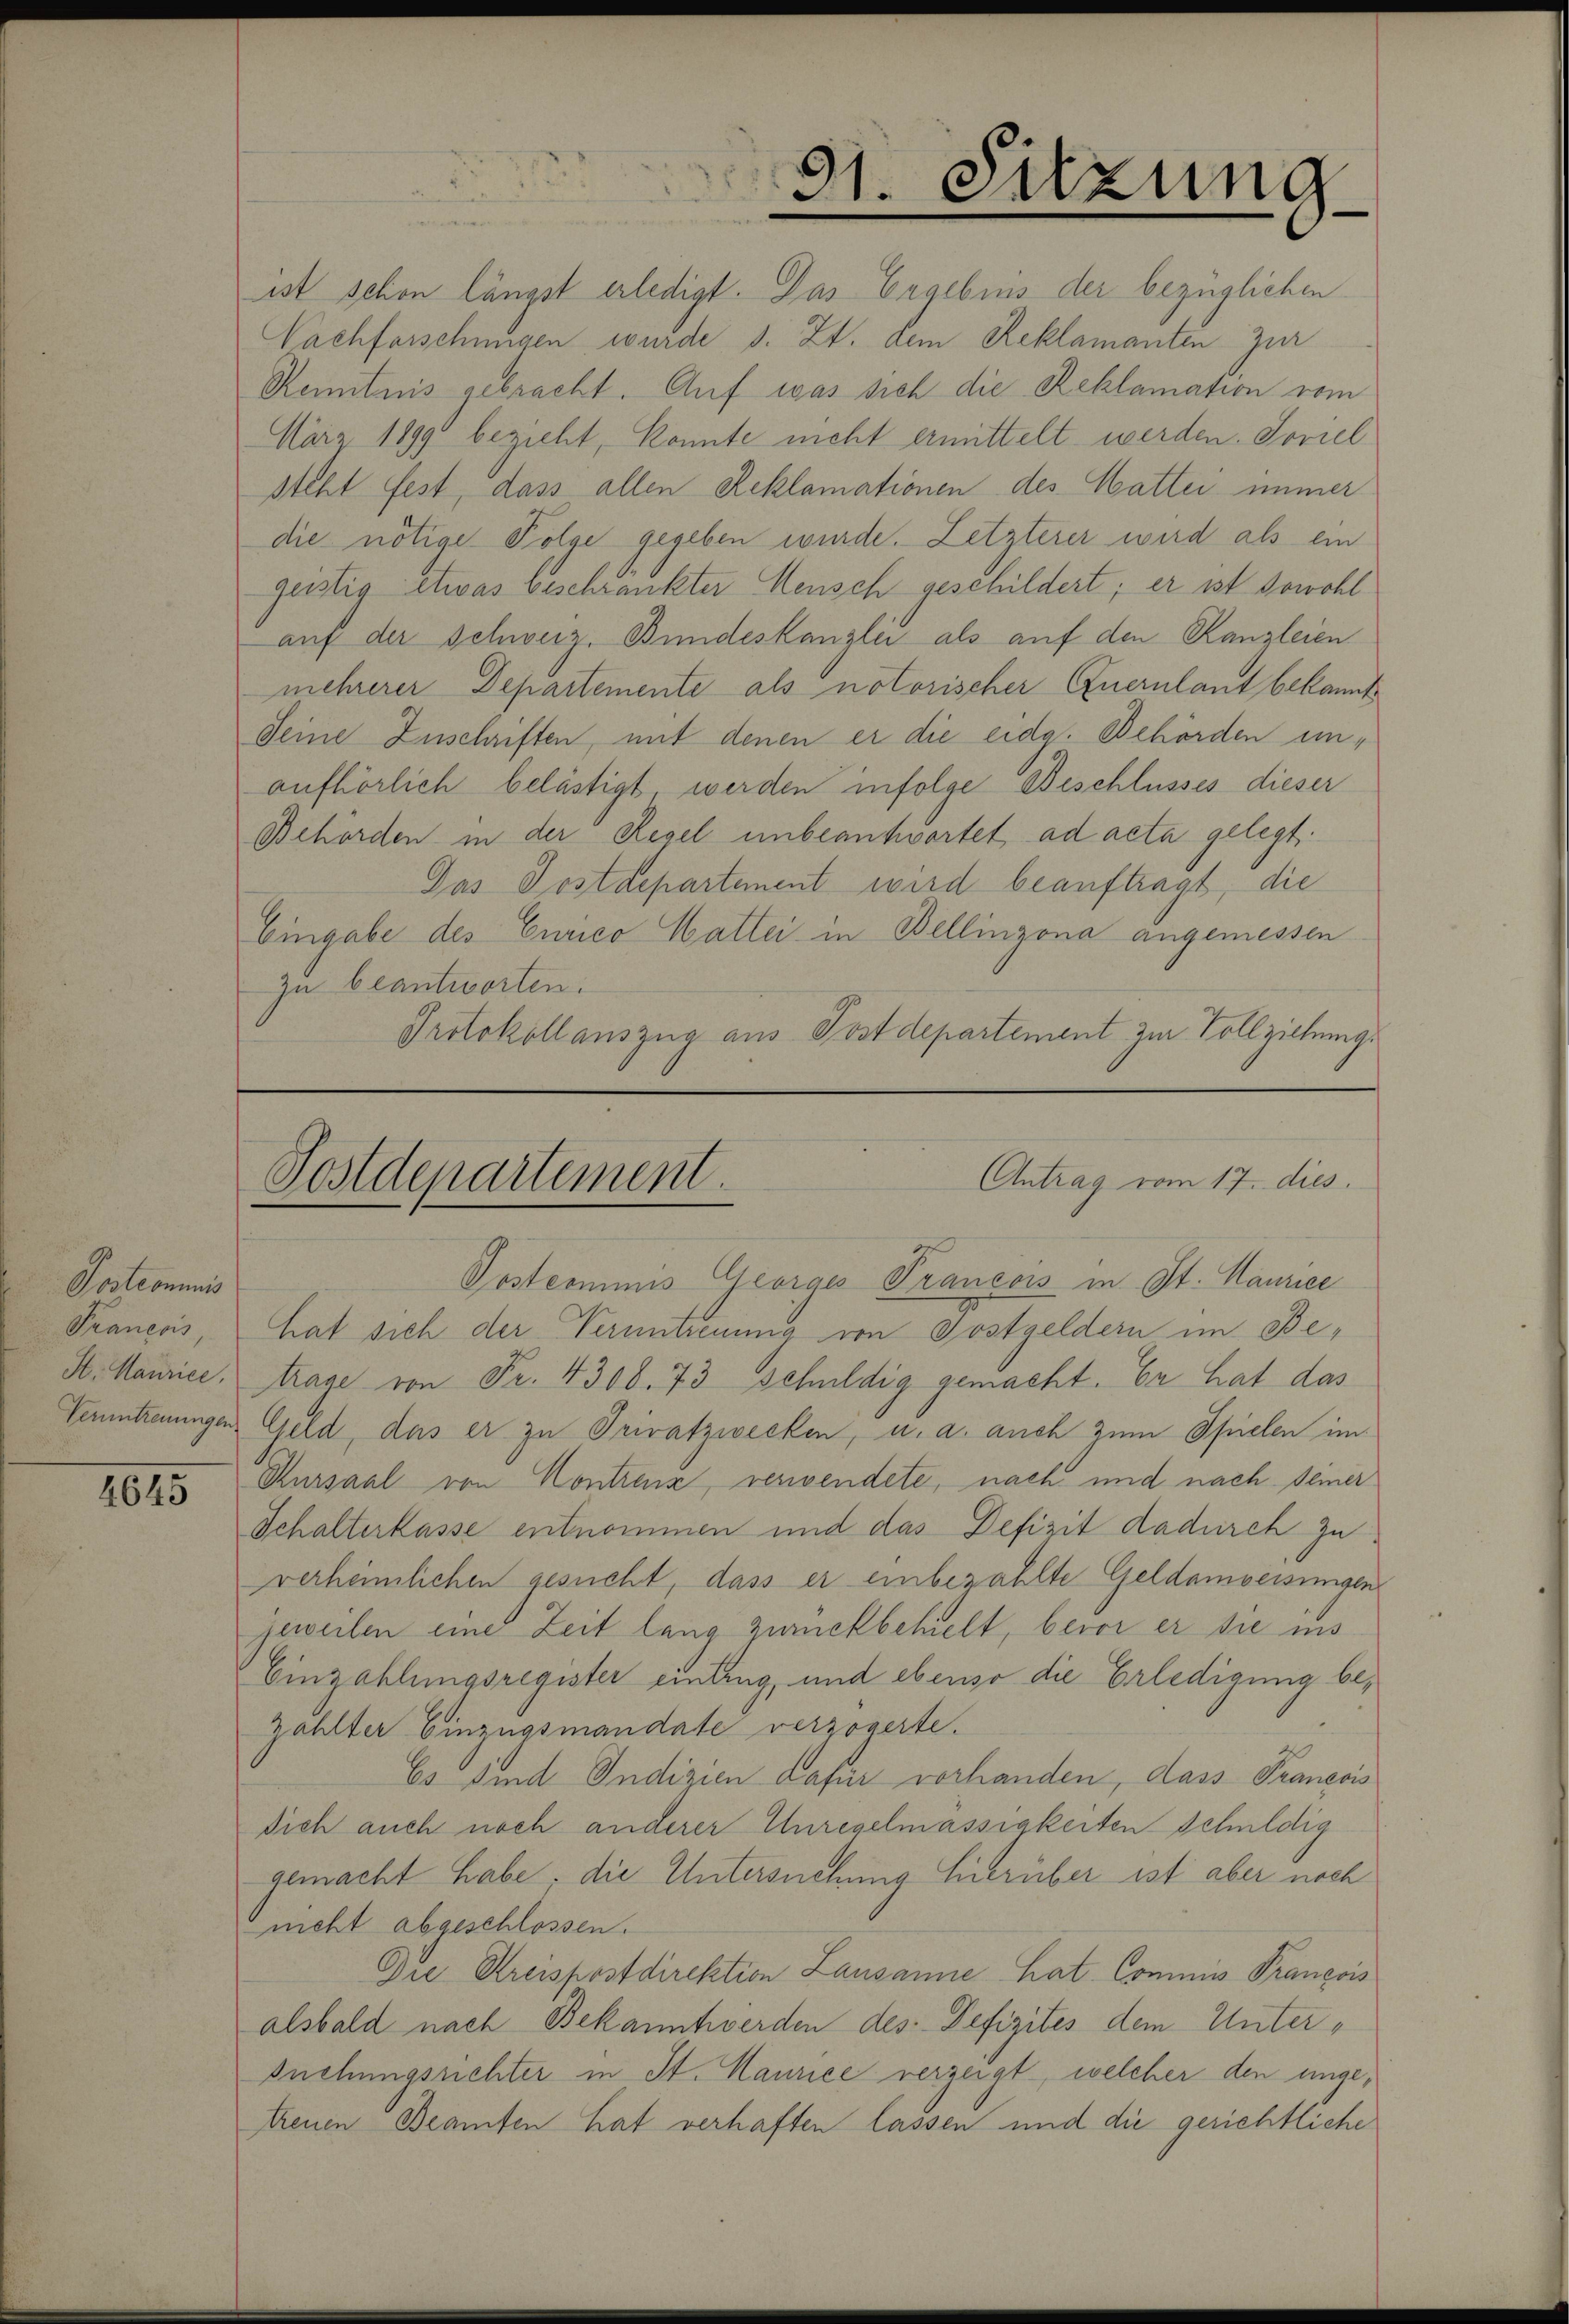
Postcommis
Prancois
St. Maurice,
Veruntreuungen

4645

ist schon längst erledigt. Das Ergebnis der bezüglichen
Nachforschungen wurde s. Zt. dem Reklamanten zur
Renntnis gebracht. Auf was sich die Reklamation vom
März 1899 bezieht, konnte nicht ermittelt werden. Soviel

steht fest, dass allen Reklamationen des Wattei immer
die nötige Folge gegeben wurde. Letzterer wird als ein
geistig etwas beschränkter Mensch geschildert; er ist sowohl
auf der Schweiz. Bundeskanzlei als auf den Kanzleien
mehrerer Departemente als notorischer Querulant bekannt
deine Zuschriften, mit denen er die eidg. Behörden unaufhörlich belästigt werden infolge Beschlusses dieser
Behörden in der Regel unbeantwortet, ad acta gelegt.
Das Postdepartement wird beauftragt, die
Eingabe des Curico Mattei in Bellinzona angemessen
zu beantworten.
Protokollauszug aus Postdepartement zur Vollziehung.

31. Sitzung

Antrag vom 17. dies
Postdepartement.

Postcommis Georges Trancois in St. Maurice
hat sich der Veruntreuung von Gostgeldern im Betrage von Fr. 4300. 73 schuldig gemacht. Er hat das
Geld, das er zu Privatzwecken, u. a. auch zum Spielen im
Rursaal von Kontrenz, verwendete, nach und nach seiner
Schalterkasse entnommen und das Defizit dadurch zu
verheimlichen gesucht, dass er einbezahlte Geldamweisungen
jeweilen eine Zeit lang zurückbehielt, bevor er sie ins
Einzahlungsregister eintrug, und ebenso die Erledigung bezahlter Einzügsmandate verzögerte.
Es sind Indizien dafür vorhanden, dass Francois
Dich auch noch anderer Unregelmässigkeiten schuldig
gemacht habe, die Untersuchung hierüber ist aber noch
nicht abgeschlossen.
Die Kreispostdirektion Lausanne hat Commis François
alsbald nach Bekanntwerden des Defizites dem Unter¬
Snehungsrichter in St. Maurice verzeigt, welcher den ungetreuen Beamten hat verhaften lassen und die gerichtliche